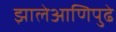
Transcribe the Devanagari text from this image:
झालेआणिपुढे